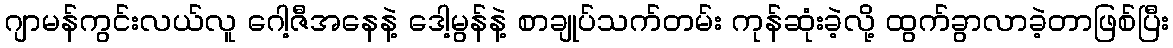
ဂျာမန်ကွင်းလယ်လူ ဂေါ့ဇီအနေနဲ့ ဒေါ့မွန်နဲ့ စာချုပ်သက်တမ်း ကုန်ဆုံးခဲ့လို့ ထွက်ခွာလာခဲ့တာဖြစ်ပြီး